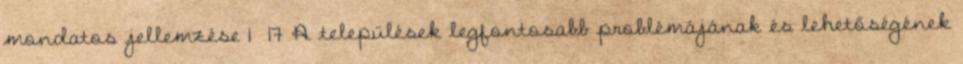
mondatos jellemzése 1 17 A települések legfontosabb problémájának és lehetőségének